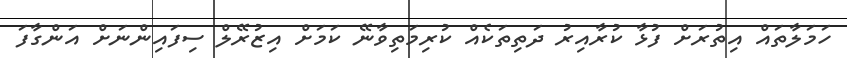
ހަމަލާތައް އިތުރަށް ފުޅާ ކުރާއިރު ދަތިތަކެއް ކުރިމަތިވާނޭ ކަމަށް އިޒުރޭލް ސިފައިންނަށް އަންގާފަ